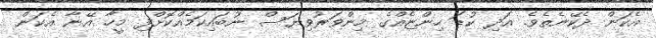
އެކަން ދެކޭނެތެވެ. އަދި ކުޑަ ހިންޏެއްގެ މިންވަރުވިޔަސް ނުބައިކަމެއްކޮށްފި މީހާ އޭނާ އެކަން